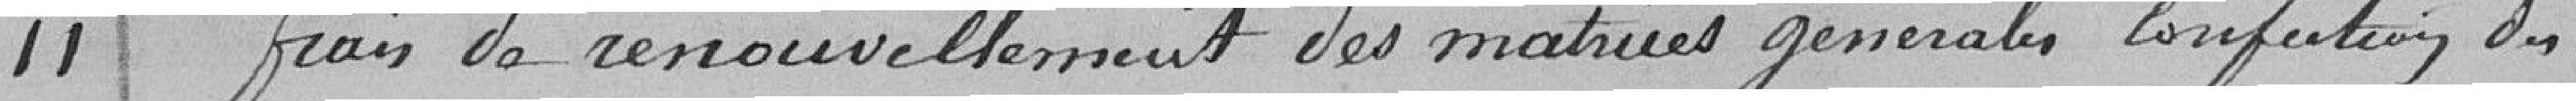
11 Frais de renouvellement des matrices générales, confection des